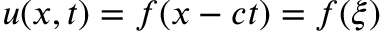
u ( x , t ) = f ( x - c t ) = f ( \xi )